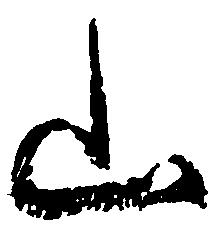
山